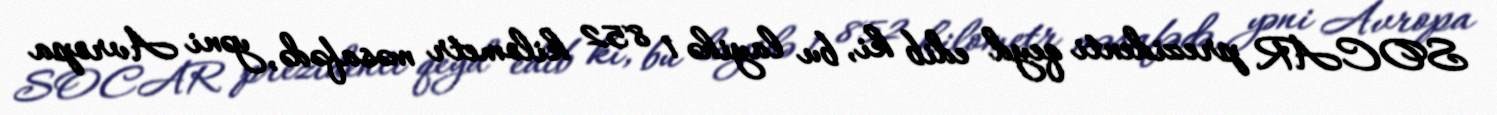
SOCAR prezidenti qeyd edib ki, bu layihə 1 852 kilometr məsafədə, yəni Avropa